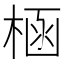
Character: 㮀